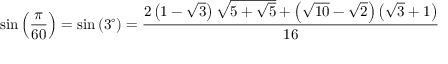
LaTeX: \sin \left( { \frac { \pi } { 6 0 } } \right) = \sin \left( 3 ^ { \circ } \right) = { \frac { 2 \left( 1 - { \sqrt { 3 } } \right) { \sqrt { 5 + { \sqrt { 5 } } } } + \left( { \sqrt { 1 0 } } - { \sqrt { 2 } } \right) \left( { \sqrt { 3 } } + 1 \right) } { 1 6 } }